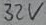
Text: 32V